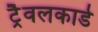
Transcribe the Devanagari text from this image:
ट्रैवलकार्ड